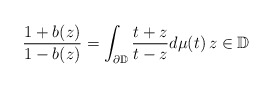
\begin{align*}\frac{1+b(z)}{1-b(z)}=\int_{\partial \mathbb{D}}\frac{t+z}{t-z}d\mu(t)\, z \in \mathbb{D} \end{align*}